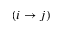
( i \rightarrow j )